Piroplasma canis and its life cycle in the tick - Number 29
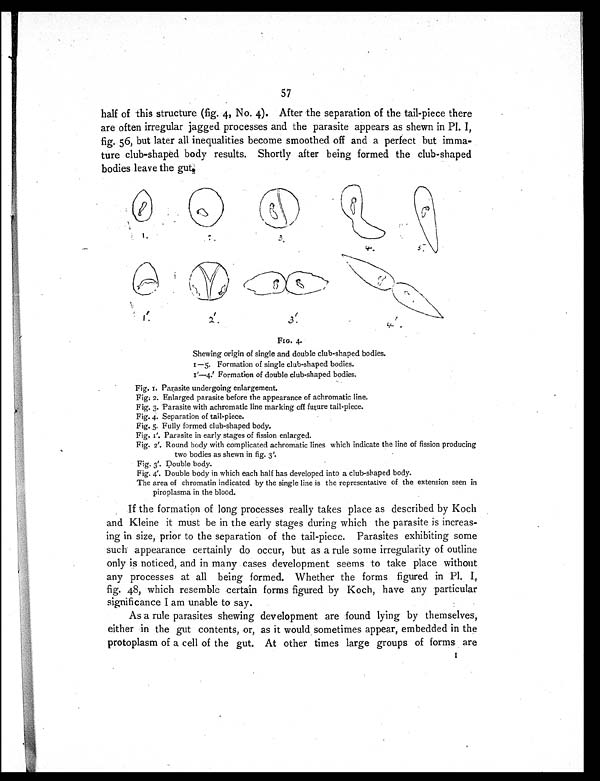
57
half of this structure (fig. 4, No. 4). After the separation of the tail-piece there
are often irregular jagged processes and the parasite appears as shewn in P1. 1,
fig. 56, but later all inequalities become smoothed off and a perfect but imma-
ture club-shaped body results. Shortly after being formed the club-shaped
bodies leave the gut.
FIG. 4.
Shewing origin of single and double club-shaped bodies.
I — 5 . F o r m a t i o n o f s i n g l e c l u b - s h a p e d b o d i e s .
I'—4.' Formation of double club-shaped bodies.
Fig. 1. Parasite undergoing enlargement.
Fig. 2. Enlarged parasite before the appearance of achromatic line.
Fig. 3. Parasite with achromatic line marking off future tail-piece.
Fig. 4. Separation of tail-piece.
Fig. 5. Fully formed club-shaped body.
Fig. 1'. Parasite in early stages of fission enlarged.
Fig. 2'. Round body with complicated achromatic lines which indicate the line of fission producing
two bodies as shewn in fig. 3'.
Fig. 3'. Double body.
Fig. 4'. Double body in which each half has developed into a club-shaped body.
The area of chromatin indicated by the single line is the representative of the extension seen in
piroplasma in the blood.
If the formation of long processes really takes place as described by Koch
and Kleine it must be in the early stages during which the parasite is increas-
ing in size, prior to the separation of the tail-piece. Parasites exhibiting some
such appearance certainly do occur, but as a rule some irregularity of outline
only is noticed, and in many cases development seems to take place without
any processes at all being formed. Whether the forms figured in Pl. 1,
fig. 48, which resemble certain forms figured by Koch, have any particular
significance I am unable to say.
As a rule parasites shewing development are found lying by themselves,
either in the gut contents, or, as it would sometimes appear, embedded in the
protoplasm of a cell of the gut. At other times large groups of forms are